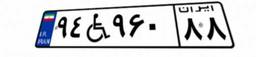
۹۴W۹۶۰۸۸